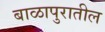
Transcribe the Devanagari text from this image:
बाळापुरातील